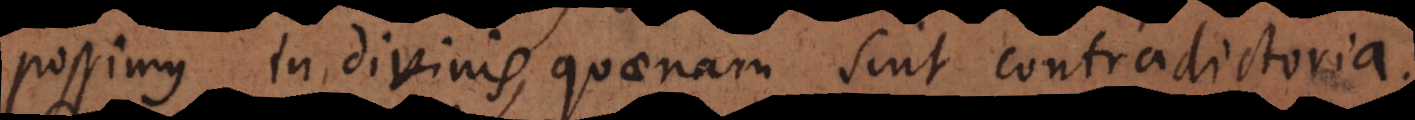
possimus in divinis quaenam sint contradictoria.